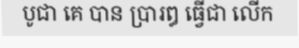
បូជា គេ បាន ប្រារឰ ធ្វើជា លើក